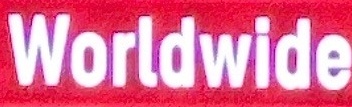
Wordwide